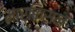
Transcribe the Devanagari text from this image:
मार्किसन